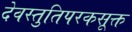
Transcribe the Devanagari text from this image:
देवस्तुतिपरकसूक्त